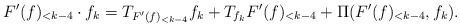
\begin{align*}F'(f)_{<k-4}\cdot f_k = T_{F'(f)_{< k-4}}f_k + T_{f_k}F'(f)_{<k-4} + \Pi(F'(f)_{<k-4},f_k).\end{align*}